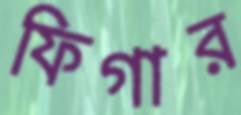
ফিগার